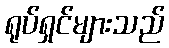
ရုပ်ရှင်များသည်